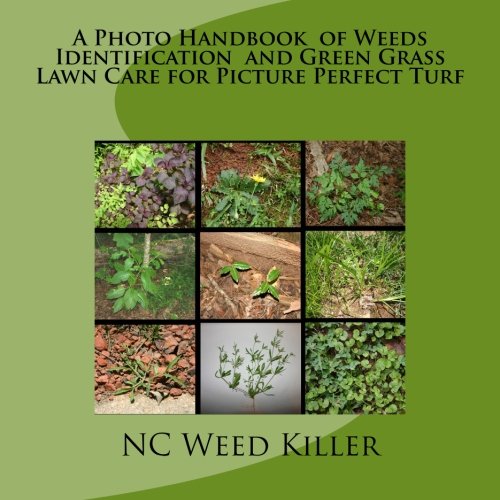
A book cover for A Photo Handbook  of Weeds Identification  and Green Grass Lawn Care for Picture Perfect Turf; NC Weed Killer; Crafts, Hobbies & Home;